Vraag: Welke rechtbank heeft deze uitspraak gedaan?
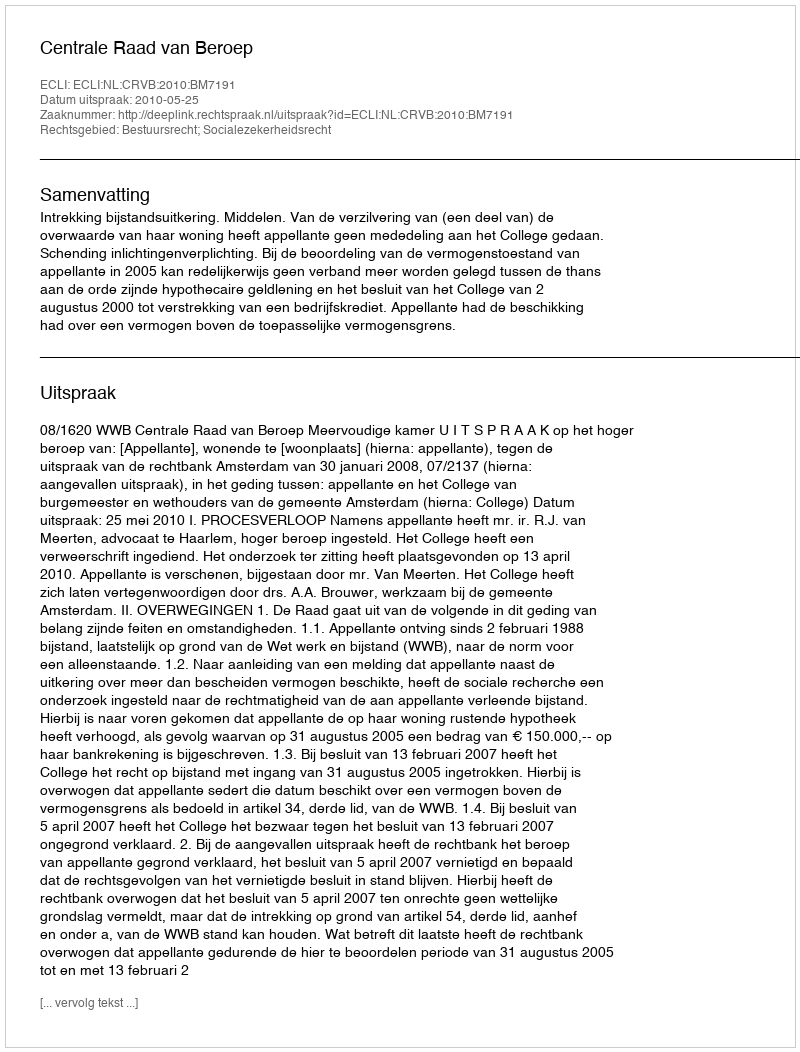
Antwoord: Centrale Raad van Beroep